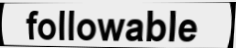
followable